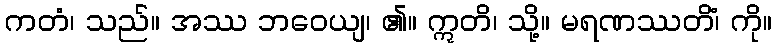
ကတံ၊ သည်။ အဿ ဘဝေယျ၊ ၏။ ဣတိ၊ သို့။ မရဏဿတိံ၊ ကို။